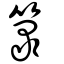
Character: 箓